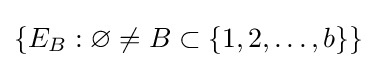
\{E_{B}:\varnothing \neq B\subset \{1,2,\ldots ,b\}\}